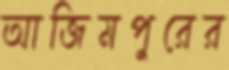
আজিমপুরের